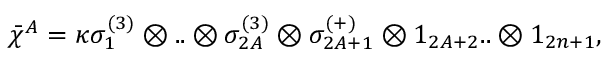
\bar { \chi } ^ { A } = \kappa \sigma _ { 1 } ^ { ( 3 ) } \otimes . . \otimes \sigma _ { 2 A } ^ { ( 3 ) } \otimes \sigma _ { 2 A + 1 } ^ { ( + ) } \otimes 1 _ { 2 A + 2 } . . \otimes 1 _ { 2 n + 1 } ,